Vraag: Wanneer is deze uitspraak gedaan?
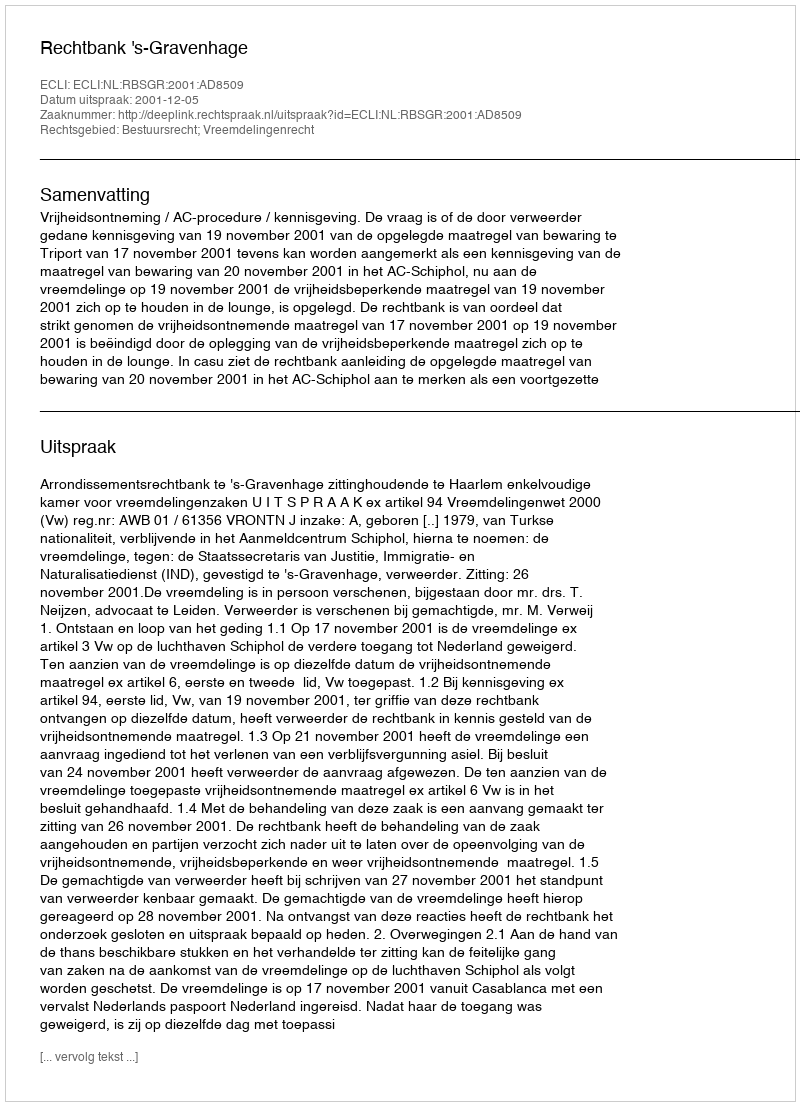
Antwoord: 2001-12-05